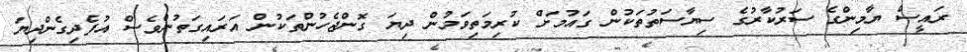
ރައީސް ޔާމިންގެ ސަރުކާރުގެ ސިޔާސަތުތަކުން ގައުމަށް ކުރިމަތިވަމުން ދިޔަ ގޮންޖެހުންތަކުން އަރައިގަތުންވެސް އުފެދިގެންދިޔަ